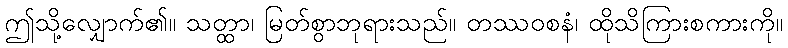
ဤသို့လျှောက်၏။ သတ္ထာ၊ မြတ်စွာဘုရားသည်။ တဿဝစနံ၊ ထိုသိကြားစကားကို။